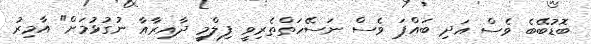
ބޮޑުބޭބެ ވެސް އަދި ބައްޕަ ވެސް ނަސޭހަތްތެރިވީ ފިލްމީ ދާއިރާއާ ނުގުޅުމަށް" އާމިރު